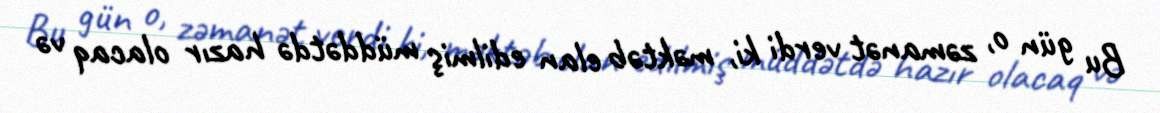
Bu gün o, zəmanət verdi ki, məktəb elan edilmiş müddətdə hazır olacaq və